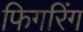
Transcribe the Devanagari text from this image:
फिगरिंग